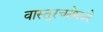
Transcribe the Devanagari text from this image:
वास्तूरचनेमध्ये